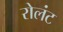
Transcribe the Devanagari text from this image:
रोलंट